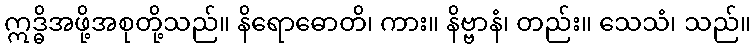
ဣဒ္ဓိအဖို့အစုတို့သည်။ နိရောဓောတိ၊ ကား။ နိဗ္ဗာနံ၊ တည်း။ သေသံ၊ သည်။